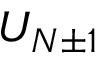
U _ { N \pm 1 }